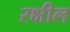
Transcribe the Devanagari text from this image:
रक्षील